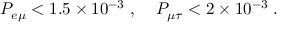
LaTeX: P _ { e \mu } < 1 . 5 \times 1 0 ^ { - 3 } \; , \; \; \; \; P _ { \mu \tau } < 2 \times 1 0 ^ { - 3 } \; .